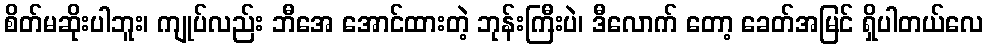
စိတ်မဆိုးပါဘူး၊ ကျုပ်လည်း ဘီအေ အောင်ထားတဲ့ ဘုန်းကြီးပဲ၊ ဒီလောက် တော့ ခေတ်အမြင် ရှိပါတယ်လေ